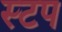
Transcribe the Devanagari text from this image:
स्टप